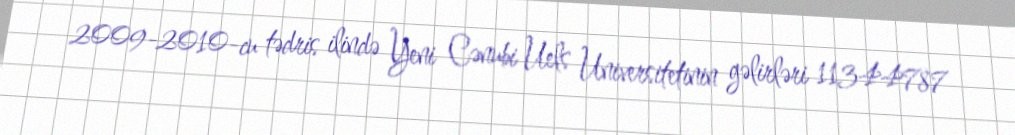
2009-2010-cu tədris ilində Yeni Cənubi Uels Universitetinin gəlirləri 11344787